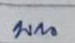
บน